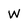
Character: W